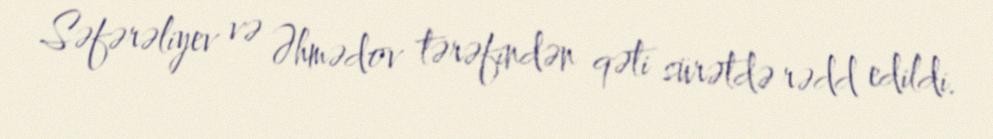
Səfərəliyev və Əhmədov tərəfindən qəti sürətdə rədd edildi.